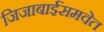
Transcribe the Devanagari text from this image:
जिजाबाईंसमवेत